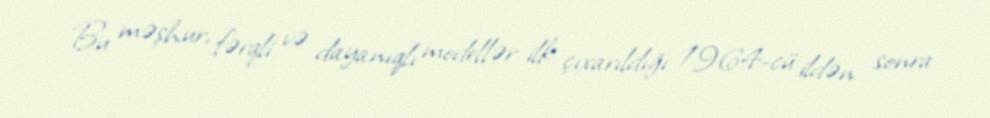
Bu məşhur, fərqli və dayanıqlı modellər ilk çıxarıldığı 1964-cü ildən sonra